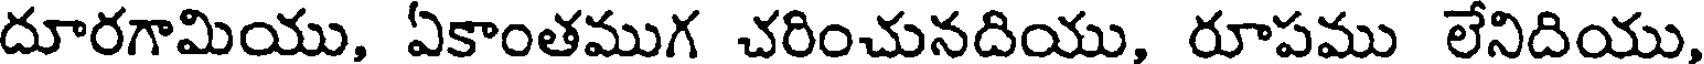
దూరగామియు, ఏకాంతముగ చరించునదియు, రూపము లేనిదియు,